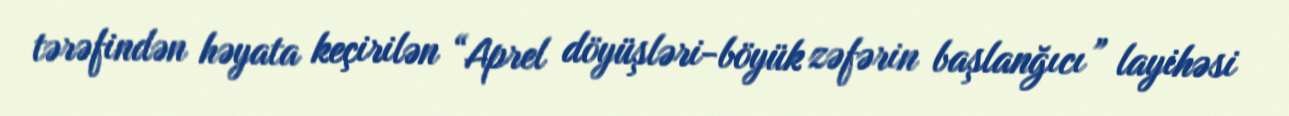
tərəfindən həyata keçirilən “Aprel döyüşləri-böyük zəfərin başlanğıcı” layihəsi